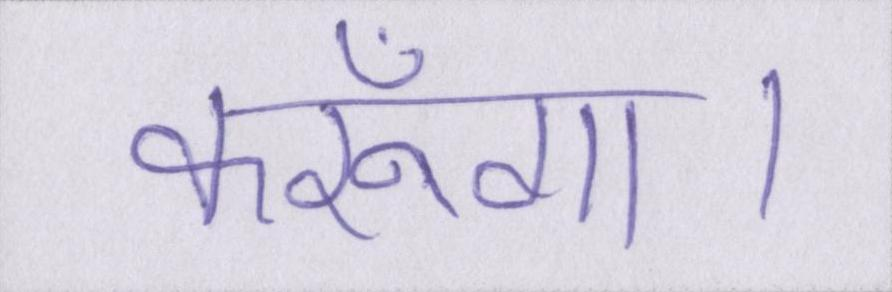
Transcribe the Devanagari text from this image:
करूँगा।